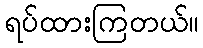
ရပ်ထားကြတယ်။